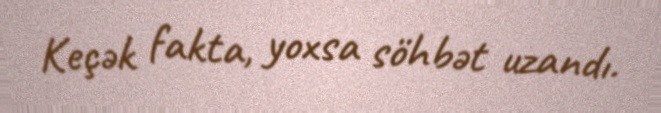
Keçək fakta, yoxsa söhbət uzandı.